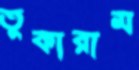
তুকারাম